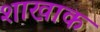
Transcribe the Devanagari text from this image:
शाखाक